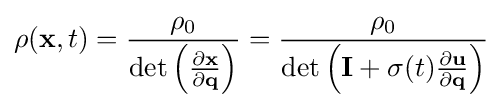
\rho (\mathbf {x} ,t)={\frac {\rho _{0}}{\mathrm {det} \left({\frac {\partial \mathbf {x} }{\partial \mathbf {q} }}\right)}}={\frac {\rho _{0}}{\mathrm {det} \left(\mathbf {I} +\sigma (t){\frac {\partial \mathbf {u} }{\partial \mathbf {q} }}\right)}}